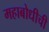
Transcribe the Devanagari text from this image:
महाबोधीची